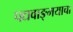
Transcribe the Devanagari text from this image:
पद्यवाङ्मयाचा